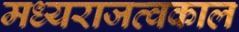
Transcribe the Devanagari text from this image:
मध्यराजत्वकाल